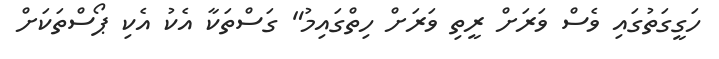
ހަގީގަތުގައި ވެސް ވަރަށް ރީތި ވަރަށް ހިތްގައިމު" ގަސްތަކާ އެކު އެކި ޕޯސްތަކަށް